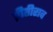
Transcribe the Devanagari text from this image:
प्रीतीराव